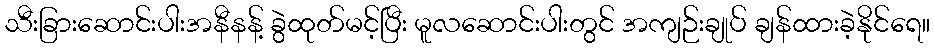
သီးခြားဆောင်းပါးအနီနန့် ခွဲထုတ်မင့်ပြီး မူလဆောင်းပါးတွင် အကျဉ်းချုပ် ချန်ထားခဲ့နိုင်ရေ။